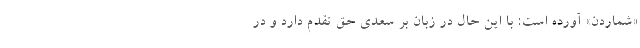
«شماردن» آورده است: با این حال در زبان بر سعدی حق تقدم دارد و در